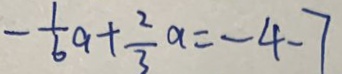
- \frac { 1 } { 6 } a + \frac { 2 } { 3 } a = - 4 - 7